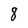
Character: 8